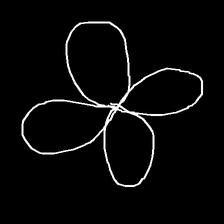
Glyph: billowing